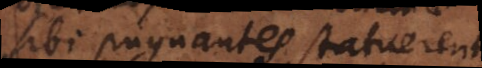
sibi pugnantes statueruntur.